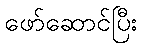
ဖော်ဆောင်ပြီး